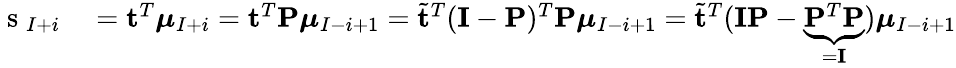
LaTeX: \begin{array}{rl}{\mathrm{~s~}_{I+i}}&{{}=\mathbf{t}^{T}\boldsymbol{\mu}_{I+i}=\mathbf{t}^{T}\mathbf{P}\boldsymbol{\mu}_{I-i+1}=\tilde{\mathbf{t}}^{T}(\mathbf{I}-\mathbf{P})^{T}\mathbf{P}\boldsymbol{\mu}_{I-i+1}=\tilde{\mathbf{t}}^{T}(\mathbf{I}\mathbf{P}-\underbrace{\mathbf{P}^{T}\mathbf{P}}_{=\mathbf{I}})\boldsymbol{\mu}_{I-i+1}}\end{array}